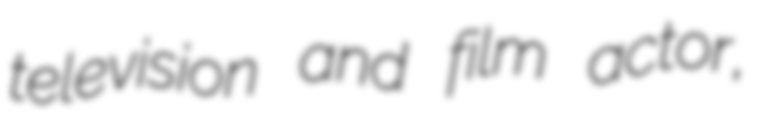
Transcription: television and film actor,